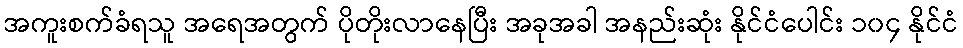
အကူးစက်ခံရသူ အရေအတွက် ပိုတိုးလာနေပြီး အခုအခါ အနည်းဆုံး နိုင်ငံပေါင်း ၁၀၄ နိုင်ငံ